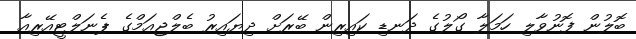
ބޮލުން ފޮނުވާލި ހަމަލާ ގޯލުގެ ދަނޑި ކައިރިން ބޭރަށް ދިޔައިރު ބެލްޖިއަމްގެ ޕެނަލްޓީއޭރިއާ